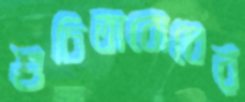
শুচিতাবোধের